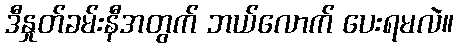
ဒီနှုတ်ခမ်းနီအတွက် ဘယ်လောက် ပေးရမလဲ။